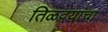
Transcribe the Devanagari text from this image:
तिळवयांचा